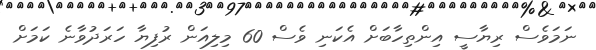
ނަމަވެސް ރިޔާސީ އިންތިހާބަށް އެކަނި ވެސް 60 މިލިއަން ރުފިޔާ ހަރަދުވާނެ ކަމަށް